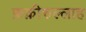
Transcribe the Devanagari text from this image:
फ़क़ीरुल्लाह